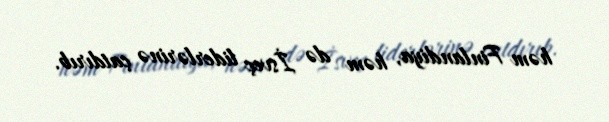
həm Finlandiya, həm də İsveç liderlərinə çatdırıb.